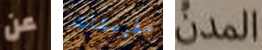
عن مقرمشات المدن